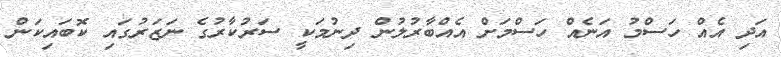
އަދި އެއް ހަސްމު އަނެއް ހަސްމަށް އެއްބާރުލުން ދިނުމަކީ ސަރުކާރުގެ ނަޒަރުގައި ކޮބައިކަން